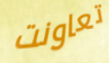
تعاونت